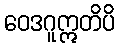
ဝေဒဂူဣတိပိ